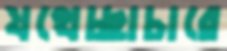
যথেচ্ছাচারে